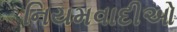
નિયમવાદીઓ